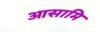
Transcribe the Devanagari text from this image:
आसामि